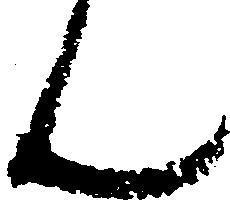
ん